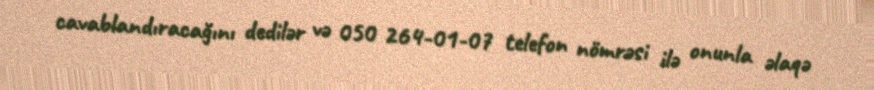
cavablandıracağını dedilər və 050 264-01-07 telefon nömrəsi ilə onunla əlaqə